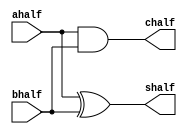
/*------------------------------------------------------------------*/
/*                                                                  */
/*                                                                  */
/*                                                                  */
/*                                                                  */
/*                         ALU ADDER                                */
/*                         CHETANYA GOYAL                           */
/*                         AJIT S                                   */
/*                                                                  */
/*                                                                  */
/*                                                                  */
/*------------------------------------------------------------------*/


module halfadder(ahalf, bhalf, shalf, chalf);

input ahalf;
input bhalf;
output shalf;
output chalf;

xor x1(shalf, ahalf, bhalf);
and a1(chalf, ahalf, bhalf);

endmodule

module fulladder(afull, bfull, cfullin, sfull, cfull);

input afull;
input bfull;
input cfullin;
output sfull;
output cfull;
wire x, y, z;

halfadder h1(afull, bfull, x, y);
halfadder h2(cfullin, x, sfull, z);
or o1(cfull, y, z);

endmodule

module ADD(a, b, s, overflow);

input [63:0] a;
input [63:0] b;
output [63:0] s;
output overflow;

wire control;
wire [63:0] xorout;
wire [63:0] carry;

//control 1 for subtraction, 0 for addition 

assign control = 1'b0;
genvar i;
generate 
    for (i = 0; i < 64; i = i + 1)
        begin
            xor x(xorout[i], b[i], control);
        end
endgenerate

genvar j;
generate
    for (j = 0; j < 64; j = j + 1)
    begin
        if (j == 0)
            fulladder f(a[j], xorout[j], control, s[j], carry[j]);
        else 
            fulladder f(a[j], xorout[j], carry[j - 1], s[j], carry[j]);
    end
endgenerate

//assign overflow = (a[3] ^ b[3]) ? 0 : (s[3] ^ a[3]);
xor x4 (overflow, carry[63], carry[62]);

endmodule